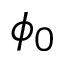
\phi _ { 0 }